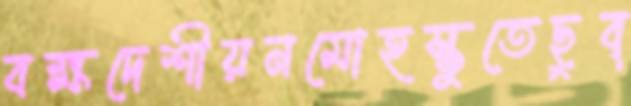
বক্ষদেশীয়নমোহস্তুতেছুব্‌